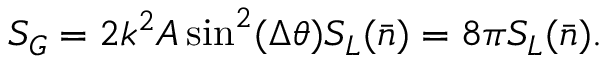
S _ { G } = 2 k ^ { 2 } A \sin ^ { 2 } ( \Delta \theta ) S _ { L } ( \bar { n } ) = 8 \pi S _ { L } ( \bar { n } ) .